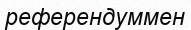
референдуммен